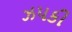
ઝપકી